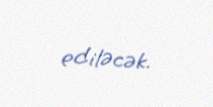
ediləcək.